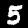
Label: 5